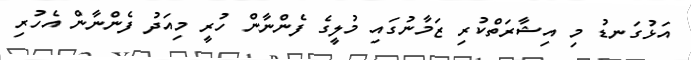
އަޅުގަނޑު މި އިޝާރަތްކުރި ޒަމާނުގައި މުލީގެ ފެންނާން ހުރީ މިއަދު ފެންނާން އެހުރި